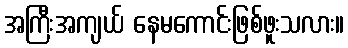
အကြီးအကျယ် နေမကောင်းဖြစ်ဖူးသလား။